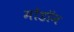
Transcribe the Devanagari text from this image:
मोंडॉन